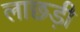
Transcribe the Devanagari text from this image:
लाछड़ी